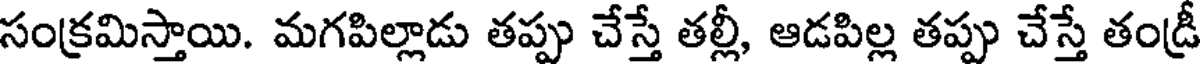
సంక్రమిస్తాయి. మగపిల్లాడు తప్పు చేస్తే తల్లీ, ఆడపిల్ల తప్పు చేస్తే తండ్రీ